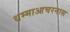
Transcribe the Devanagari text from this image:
धम्माआचरनास